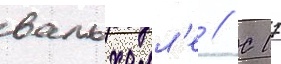
вальхалл'е // С 17